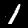
Digit: 1